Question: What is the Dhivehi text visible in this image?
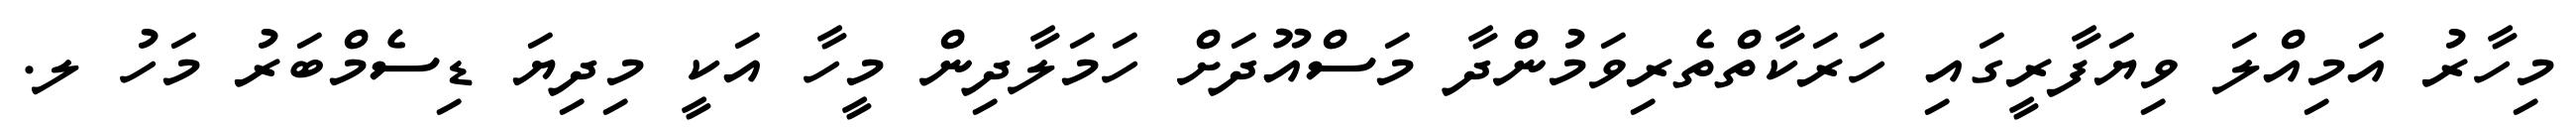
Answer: މިހާރު އަމިއްލަ ވިޔަފާރީގައި ހަރަކާތްތެރިވަމުންދާ މަސްއޫދަށް ހަމަލާދިން މީހާ އަކީ މިދިޔަ ޑިސެމްބަރު މަހު ލ.